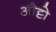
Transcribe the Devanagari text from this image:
औट्टो